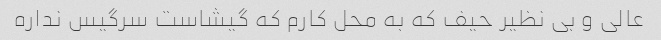
عالی و بی نظیر حیف که به محل کارم که گیشاست سرگیس نداره